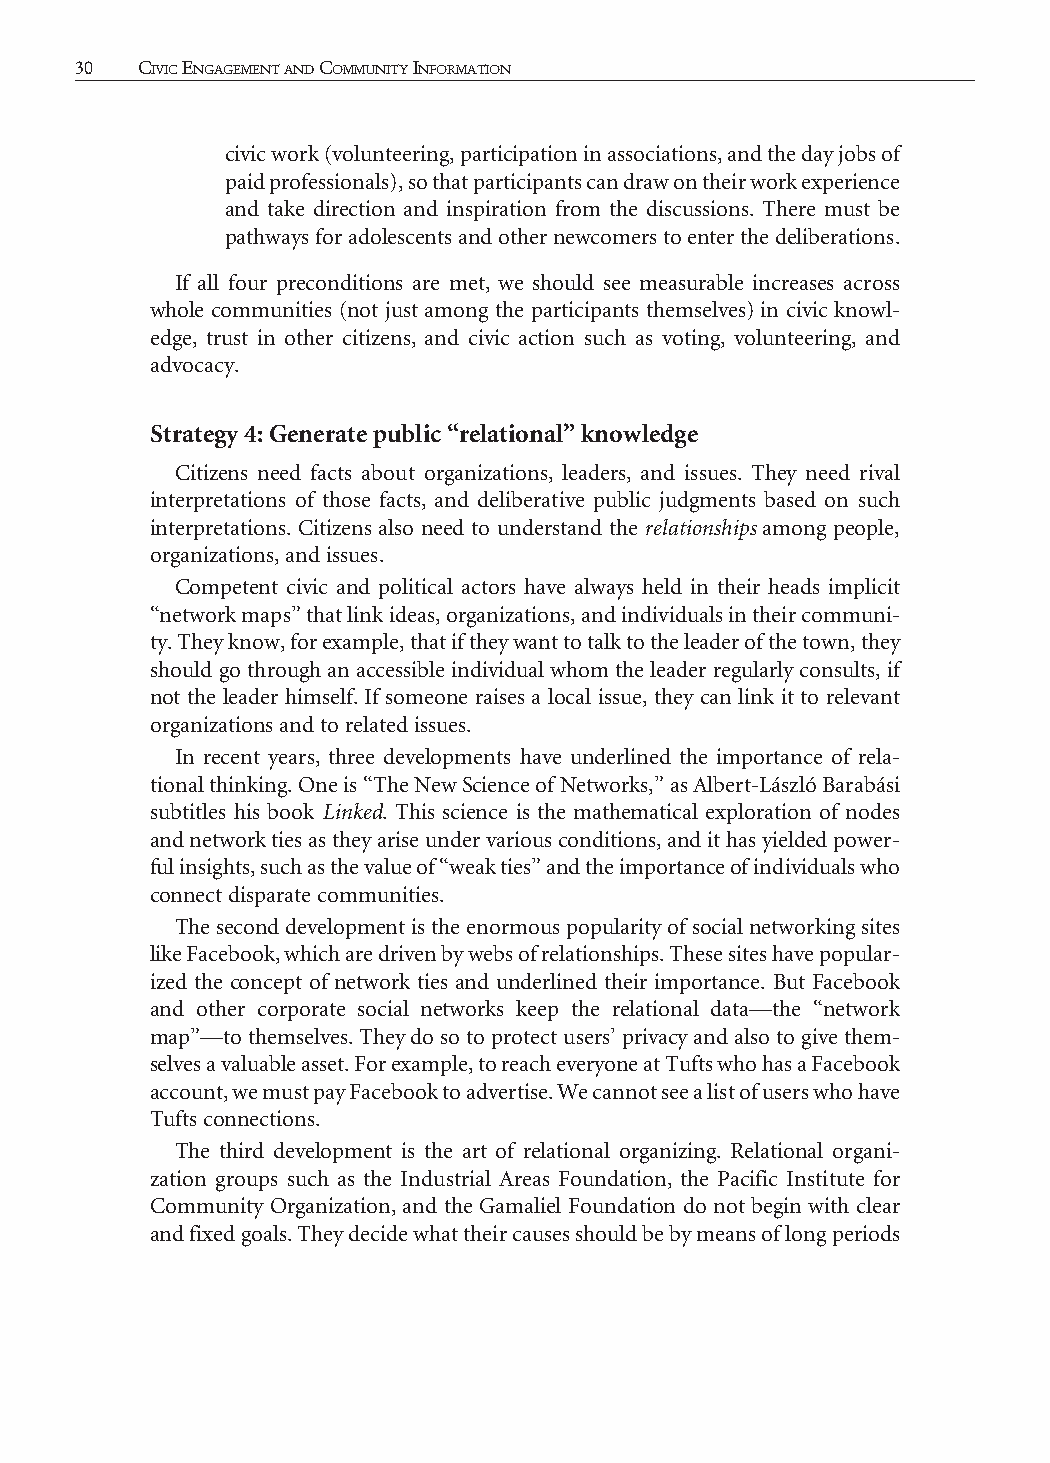
30  CiviC EngagEmEnt and Community information                                                                         thE rEport 31
 civic work (volunteering, participation in associations, and the day jobs of
 paid professionals), so that participants can draw on their work experience
 and take direction and inspiration from the discussions. There must be
 pathways for adolescents and other newcomers to enter the deliberations.
 If all four preconditions are met, we should see measurable increases across
 whole communities (not just among the participants themselves) in civic knowl-
 edge, trust in other citizens, and civic action such as voting, volunteering, and
 advocacy.
 Strategy 4: Generate public “relational” knowledge
 Citizens need facts about organizations, leaders, and issues. They need rival
 interpretations of those facts, and deliberative public judgments based on such
 interpretations. Citizens also need to understand the relationships among people,
 organizations, and issues.
 Competent civic and political actors have always held in their heads implicit
 “network maps” that link ideas, organizations, and individuals in their communi-
 ty. They know, for example, that if they want to talk to the leader of the town, they
 should go through an accessible individual whom the leader regularly consults, if
 not the leader himself. If someone raises a local issue, they can link it to relevant
 organizations and to related issues.
 In recent years, three developments have underlined the importance of rela-
 tional thinking. One is “The New Science of Networks,” as Albert-László Barabási
 subtitles his book Linked. This science is the mathematical exploration of nodes
 and network ties as they arise under various conditions, and it has yielded power-
 ful insights, such as the value of “weak ties” and the importance of individuals who
 connect disparate communities.
 The second development is the enormous popularity of social networking sites
 like Facebook, which are driven by webs of relationships. These sites have popular-
 ized the concept of network ties and underlined their importance. But Facebook
 and other corporate social networks keep the relational data—the “network
 map”—to themselves. They do so to protect users’ privacy and also to give them-
 selves a valuable asset. For example, to reach everyone at Tufts who has a Facebook
 account, we must pay Facebook to advertise. We cannot see a list of users who have
 Tufts connections.
 The third development is the art of relational organizing. Relational organi-
 zation groups such as the Industrial Areas Foundation, the Pacific Institute for
 Community Organization, and the Gamaliel Foundation do not begin with clear
 and fixed goals. They decide what their causes should be by means of long periods